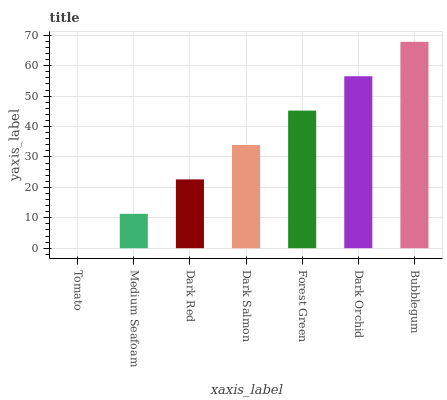
| xaxis_label | bars |
 | --- | --- |
 | Tomato | 0 |
 | Medium Seafoam | 11.3 |
 | Dark Red | 22.6 |
 | Dark Salmon | 33.9 |
 | Forest Green | 45.2 |
 | Dark Orchid | 56.6 |
 | Bubblegum | 67.9 |